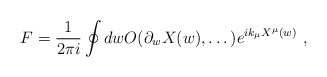
\begin{align*}F=\frac{1}{2\pi i} \oint dw O(\partial_wX(w),\dots)e^{ik_{\mu}X^{\mu}(w)} \ ,\end{align*}